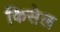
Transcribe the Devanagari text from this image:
किसेल